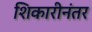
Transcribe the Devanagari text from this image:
शिकारीनंतर